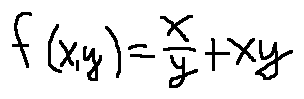
f ( x , y ) = \frac { x } { y } + x y